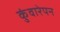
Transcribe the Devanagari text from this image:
कुंवारेपन